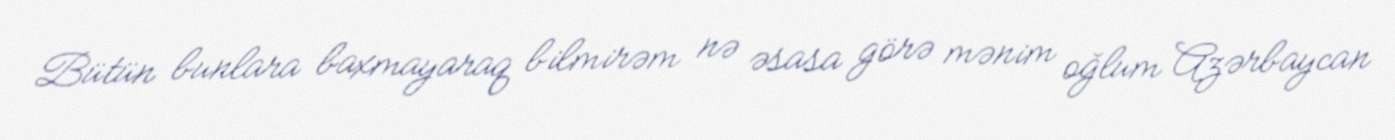
Bütün bunlara baxmayaraq bilmirəm nə əsasa görə mənim oğlum Azərbaycan